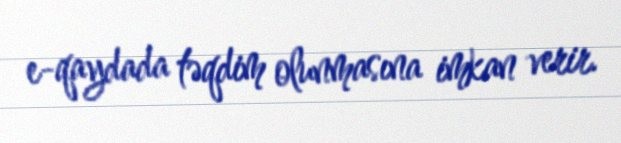
e-qaydada təqdim olunmasına imkan verir.